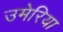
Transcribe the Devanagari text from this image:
उमेरिया